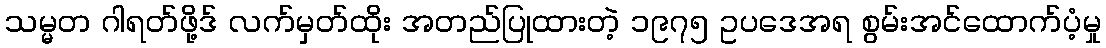
သမ္မတ ဂါရတ်ဖို့ဒ် လက်မှတ်ထိုး အတည်ပြုထားတဲ့ ၁၉၇၅ ဥပဒေအရ စွမ်းအင်ထောက်ပံ့မှု